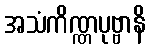
အသံကိဏ္ဏပုဗ္ဗာနိ